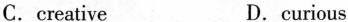
C.creative D.curious